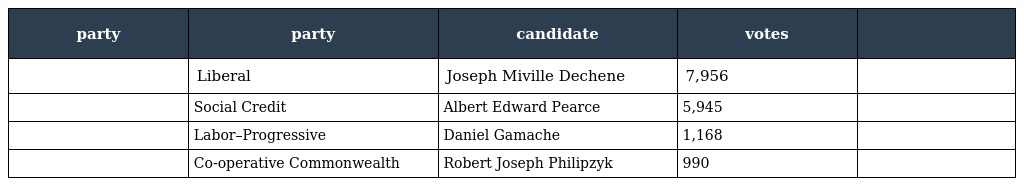
| party | party | candidate | votes |  |
 | --- | --- | --- | --- | --- |
 |  | Liberal | Joseph Miville Dechene | 7,956 |  |
 |  | Social Credit | Albert Edward Pearce | 5,945 |  |
 |  | Labor–Progressive | Daniel Gamache | 1,168 |  |
 |  | Co-operative Commonwealth | Robert Joseph Philipzyk | 990 |  |